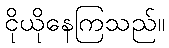
ငိုယိုနေကြသည်။